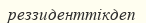
реззиденттікдеп